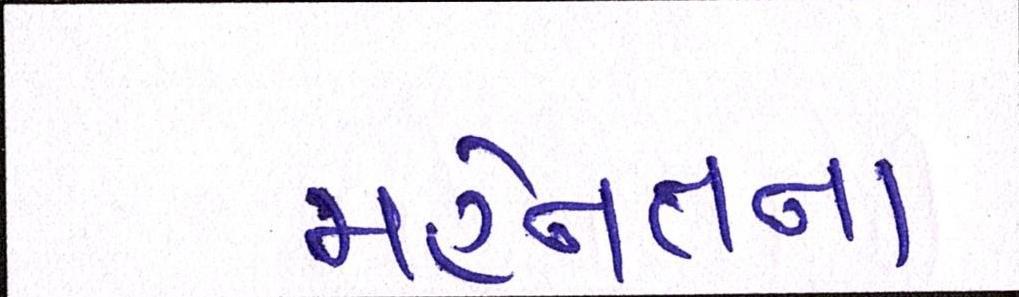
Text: મહેનતના